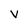
Character: V